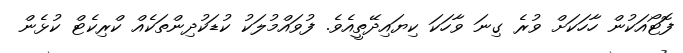
ފޮޓޯއަކުން ހާހަކަށް ވުރެ ގިނަ ވާހަކަ ކިޔައިދޭތީއެވެ. ފުވައްމުލަކު ކުޑަކުދިންތަކެއް ކްރިކެޓް ކުޅެން